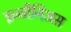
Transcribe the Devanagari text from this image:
इन्जीनिअस